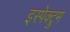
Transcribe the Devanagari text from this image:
इस्पेक्ट्रुम